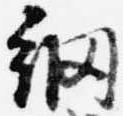
網